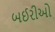
બઈરીઓ